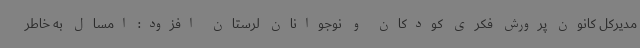
مدیرکل کانون پرورش فکری کودکان و نوجوانان لرستان افزود: امسال به خاطر